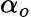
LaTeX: \alpha_{o}